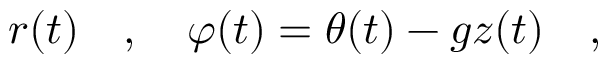
r ( t ) \ \ \ , \ \ \ \varphi ( t ) = \theta ( t ) - g z ( t ) \ \ \ ,